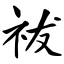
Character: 祓